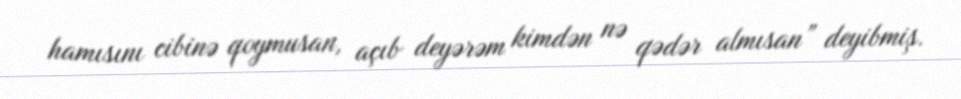
hamısını cibinə qoymusan, açıb deyərəm kimdən nə qədər almısan” deyibmiş.